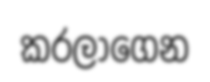
කරලාගෙන